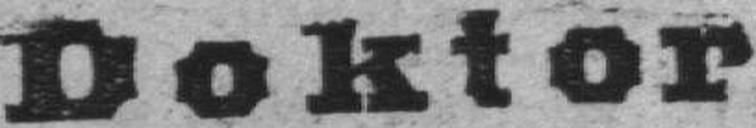
Doktor